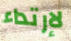
لإرتداء